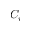
C _ { i }